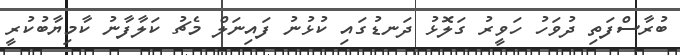
ބުރާސްފަތި ދުވަހު ހަވީރު ގަލޮޅު ދަނޑުގައި ކުޅުނު ފައިނަލް މެޗު ކަލާފާނު ކާމިޔާބުކުރީ